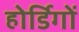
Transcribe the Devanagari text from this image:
होर्डिगों